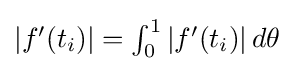
{\textstyle \left|f'(t_{i})\right|=\int _{0}^{1}\left|f'(t_{i})\right|d\theta }